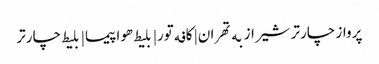
پرواز چارتر شیراز به تهران | کافه تور| بلیط هواپیما | بلیط چارتر